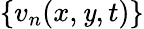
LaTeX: \{ v_{n}(x,\mathit{y},t)\}